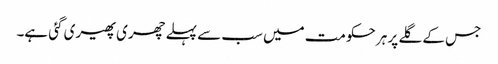
جس کے گلے پر ہر حکومت میں سب سے پہلے چھری پھیری گئی ہے۔